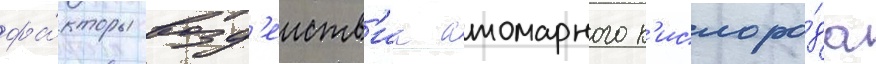
фа́кторы возд'еиств'иа атомарного к'ислоро́да